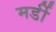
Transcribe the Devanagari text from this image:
मर्डी